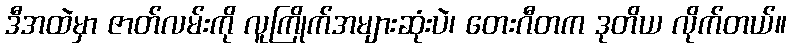
ဒီအထဲမှာ ဇာတ်လမ်းကို လူကြိုက်အများဆုံးပဲ၊ တေးဂီတက ဒုတိယ လိုက်တယ်။